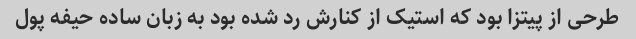
طرحی از پیتزا بود که استیک از کنارش رد شده بود به زبان ساده حیفه پول